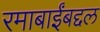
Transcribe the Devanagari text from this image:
रमाबाईंबद्दल